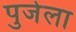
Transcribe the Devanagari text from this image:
पुजेला